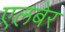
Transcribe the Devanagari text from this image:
एलबेर